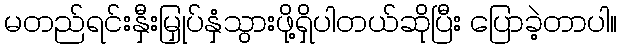
မတည်ရင်းနှီးမြှုပ်နှံသွားဖို့ရှိပါတယ်ဆိုပြီး ပြောခဲ့တာပါ။